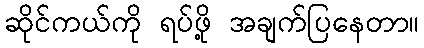
ဆိုင်ကယ်ကို ရပ်ဖို့ အချက်ပြနေတာ။